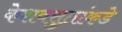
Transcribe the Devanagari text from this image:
केशवसुतांकडे